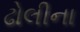
ઢોલીના